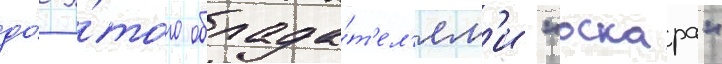
до́ э́того облада́т'ел'ям'и "оскара"